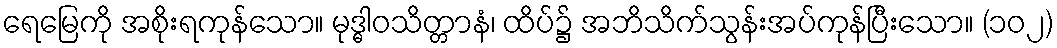
ရေမြေကို အစိုးရကုန်သော။ မုဒ္ဓါဝသိတ္တာနံ၊ ထိပ်၌ အဘိသိက်သွန်းအပ်ကုန်ပြီးသော။ (၁၀၂)